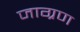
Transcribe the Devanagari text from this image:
जाग्रण